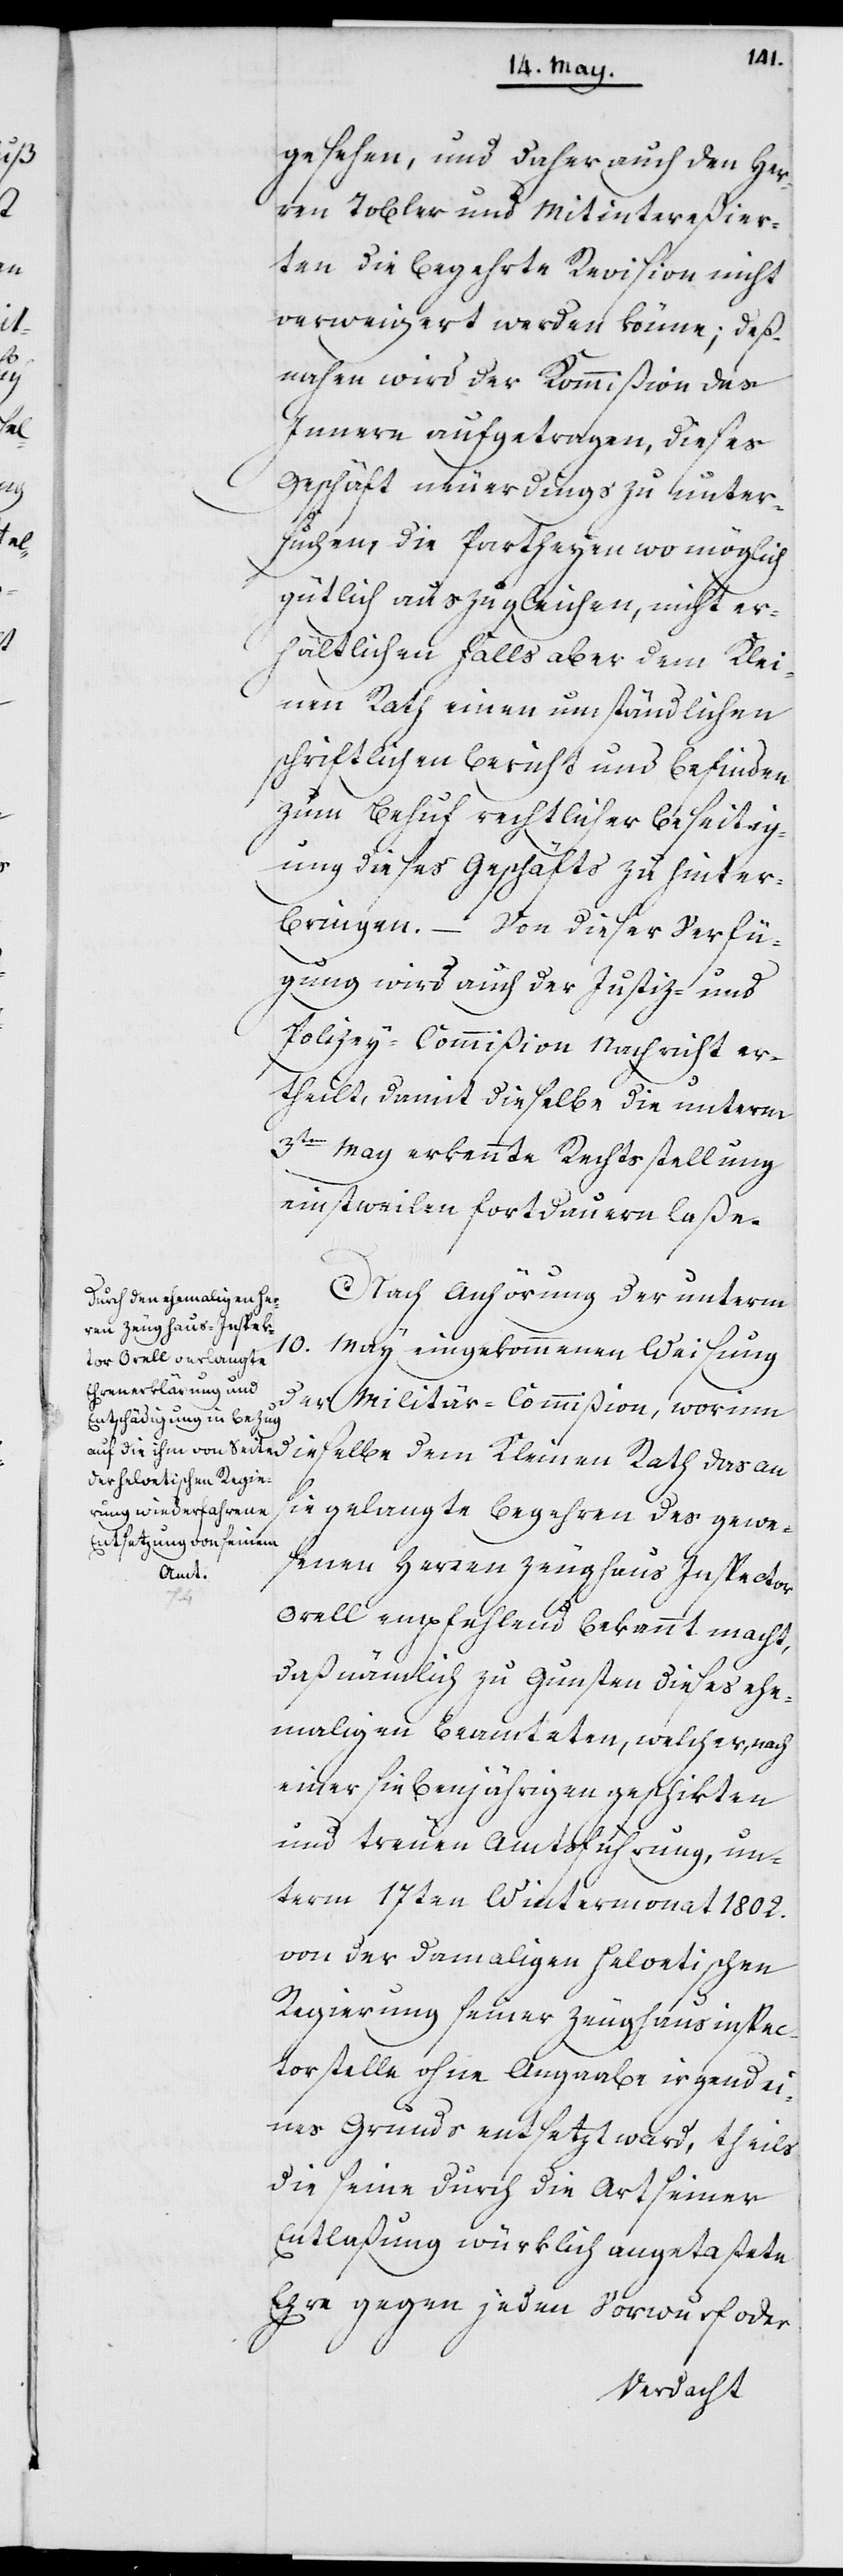
gesehen, und daher auch Her¬
ren Tobler und Mitintereßier¬
ten die begehrte Revision nicht
verweigert werden könne; deß¬
nahen wird der Kommißion des
Innern aufgetragen, dieses
Geschäft neuerdings zu unter¬
suchen, die Partheyen wo möglich
gütlich auszugleichen, nicht er¬
hältlichen Falls aber dem Klei¬
nen Rath einen umständlichen
schriftlichen Bericht und Befinden
zum Behuf rechtlicher Beseitig¬
ung dieses Geschäfts zu hinter¬
bringen. – Von dieser Verfü¬
gung wird auch der Justiz- und
Polizey-Commißion Nachricht er¬
theilt, damit dieselbe die unterm
3ten May erkannte Rechtsstellung
einstweilen fortdauern laße.
Nach Anhörung der unterm
10. May eingekommenen Weisung
der Militär-Commißion, worinn
dieselbe dem Kleinen Rath das an
sie gelangte Begehren des gewe¬
senen Herren Zeughaus Inspector
Orell empfehlend bekannt macht,
daß nämlich zu Gunsten dieses ehe¬
maligen Beamteten, welcher, nach
einer siebenjährigen geschikten
und treuen Amtsführung, un¬
term 17ten Wintermonat 1802.
von der damaligen Helvetischen
Regierung seiner Zeughausinspec¬
torstelle ohne Angaabe irgend ei¬
nes Grunds entsetzt ward, theils
die seine durch die Art seiner
Entlastung würklich angetastete
Ehre gegen jeden Vorwurf oder